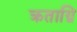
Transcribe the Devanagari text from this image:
क्रताग्नि